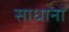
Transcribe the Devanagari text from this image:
साधाना